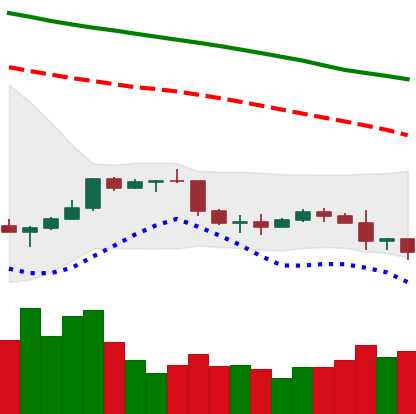
Ticker: NEO-USD
Chart end date: 2022-01-07
Forward return: 4.503%
Label: up_3_5